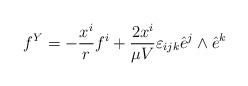
\begin{align*}f^{Y}=-\frac{x^i}{r}f^{i}+\frac{2x^i}{\mu V}\varepsilon_{ijk}\hat e^{j}\land\hat e^{k}\end{align*}